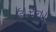
હારના